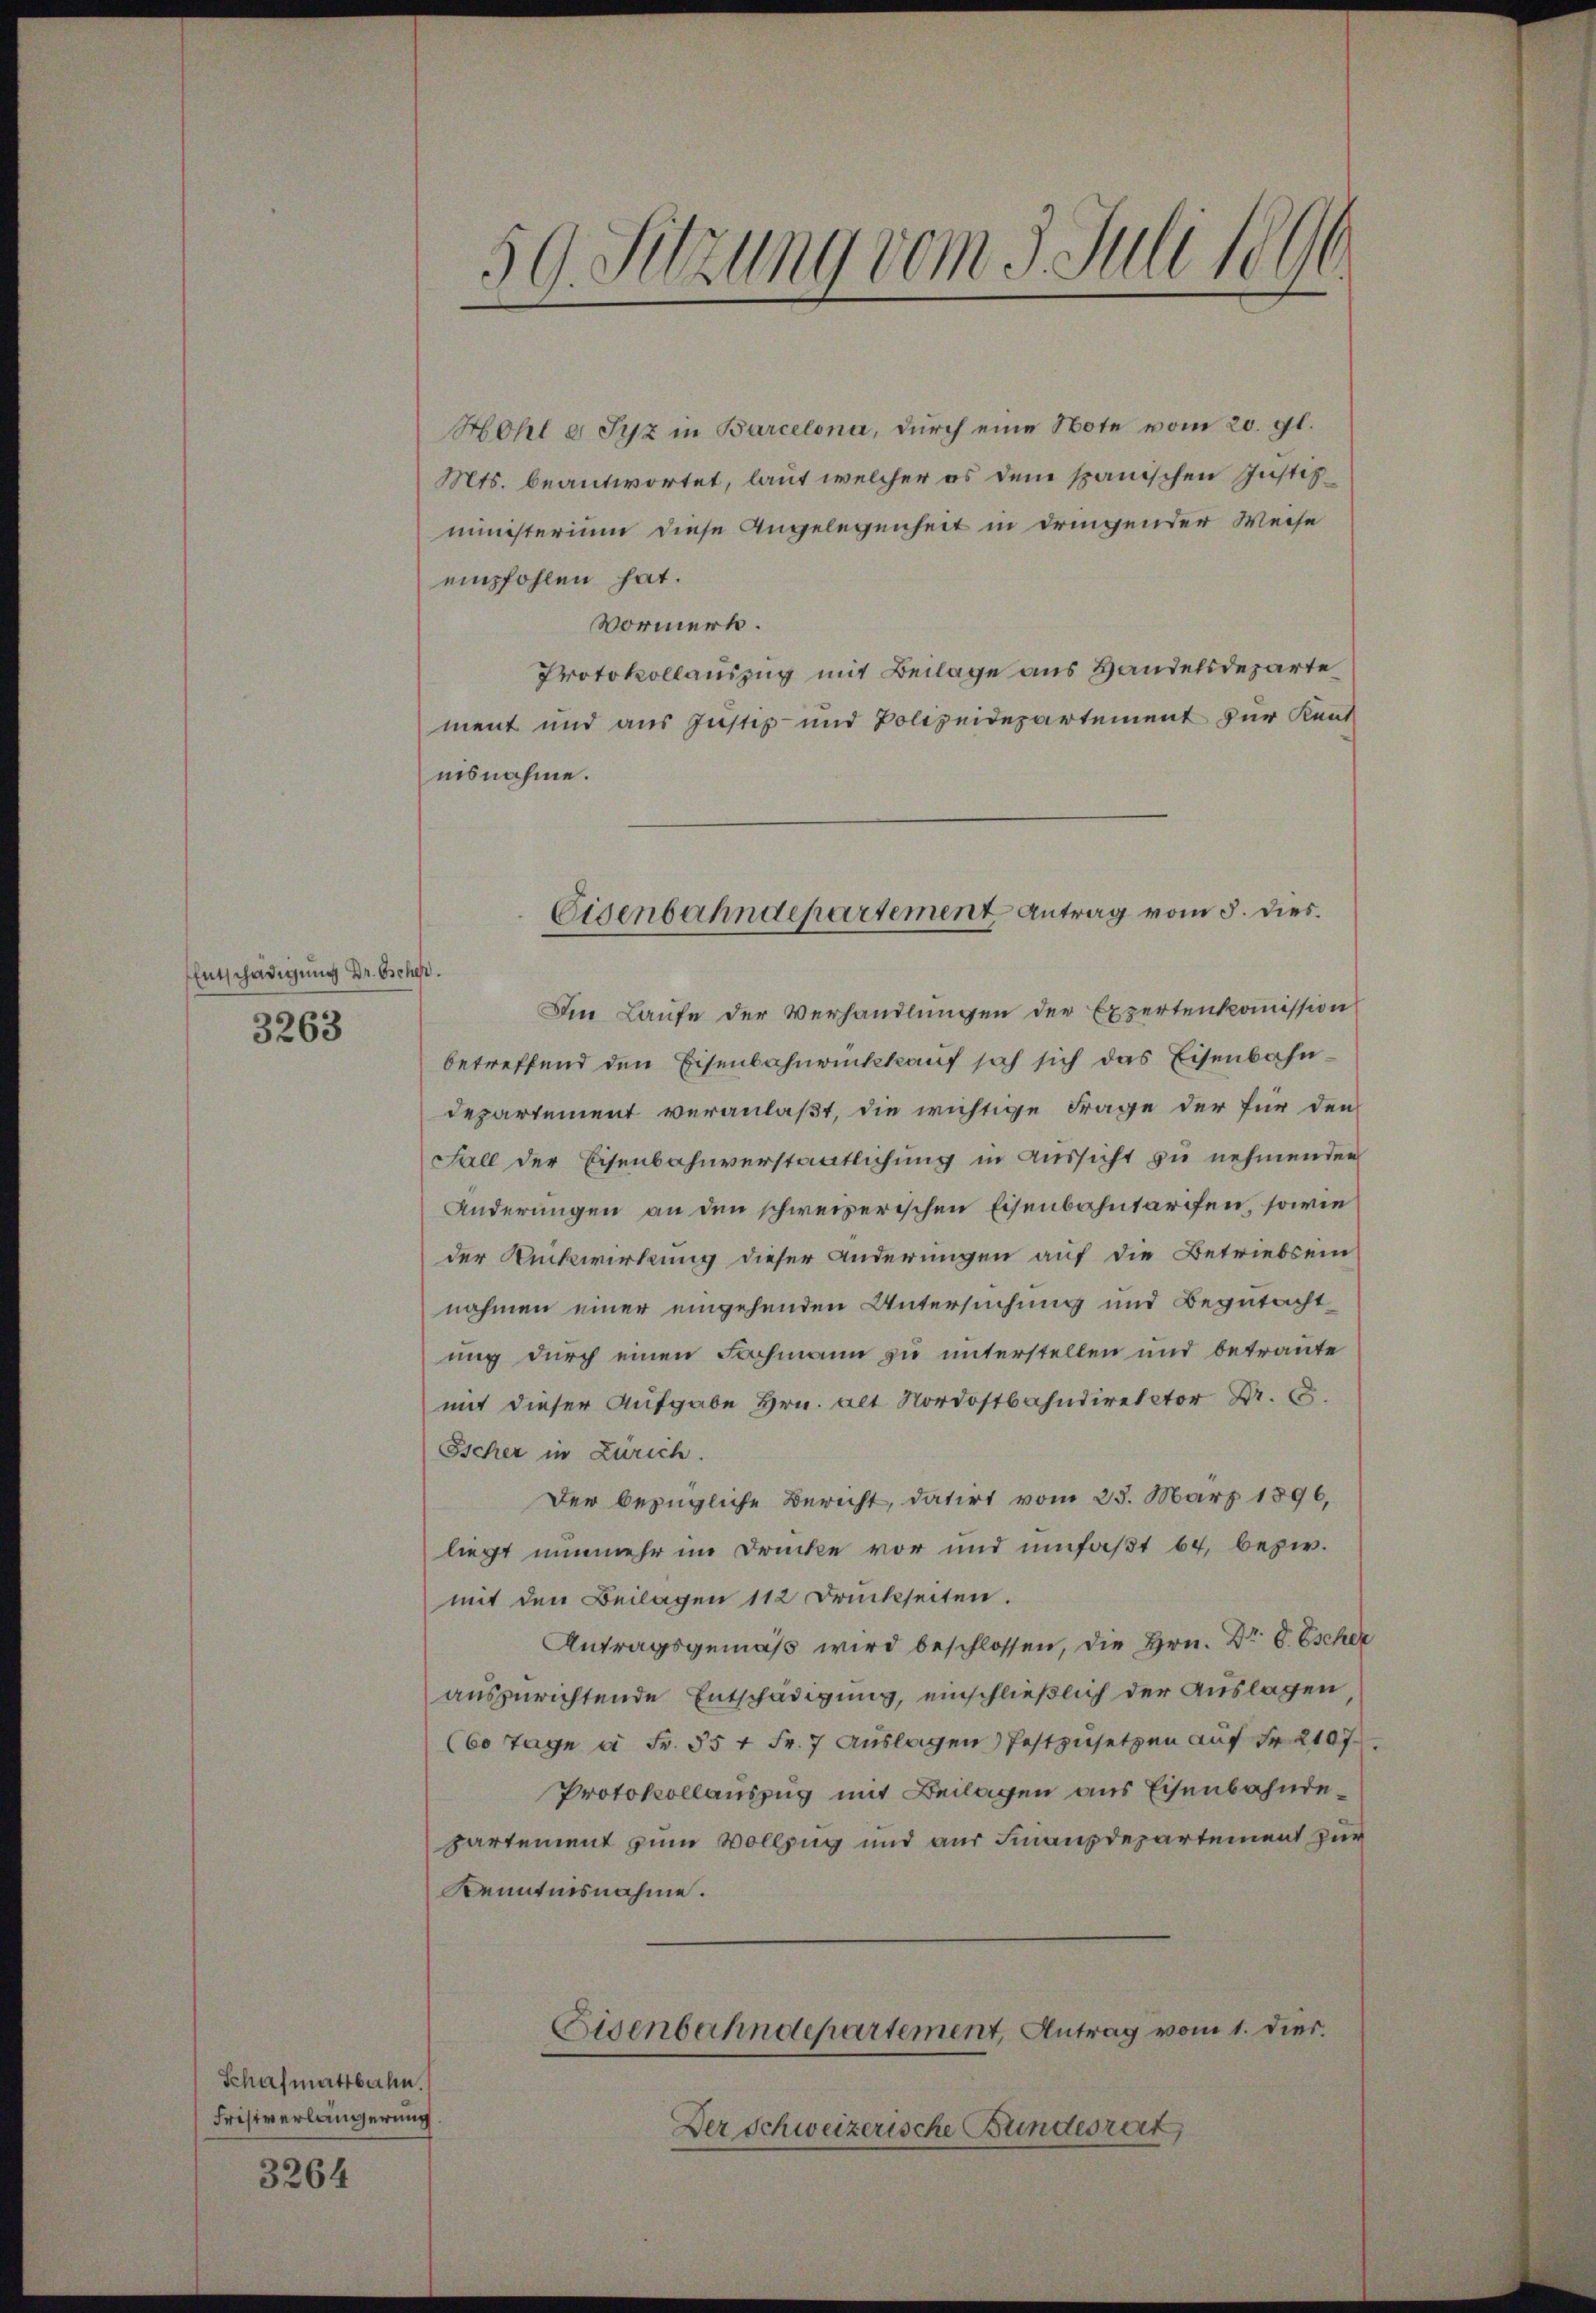
Entschädigung Dr. Escher.
3263

Schafmattbahn.
Fristverlängerung

3264

59. Sitzung vom 5. Juli 1890.

Hohl e. Syz in Barcelona, durch eine Note vom 20. gl.
Mts. beantwortet, laut welcher es dem spanischen Justizministerium diese Angelegenheit in dringender Weise
empfohlen hat.
Vormerk.
Protokollauszug mit Beilage aus Handelsdeparte
ment und aus Justiz- und Polizeidepartement zur Kent-
insnahme.
Ien Laufe der Verhandlungen der Expertenkommission
betreffend den Eisenbahnrückkauf sah sich das Eisenbahn¬
Departement veranlaßt, die wichtige Frage der für den
Fall der Eisenbahnverstaatlichung in Aussicht zu nehmenden
Änderungen an den schweizerischen Eisenbahntarifen, sowie
der Rückwirkung dieser Anderungen auf die Betriebsein
nahmen einer eingehenden Untersuchung und Begutacht
ung durch einen Fachmann zu unterstellen und betraute
mit dieser Aufgabe Hrn. alt Nordostbahndirector Dr.
Escher in Zürich.
Der bezügliche Bericht, datirt vom 25. März 1896,
liegt nunmehr im Drucke vor und umfaßt 64, bezw.
mit den Beilagen 112 Druckseiten.
Antragsgemäß wird beschlossen, die Hrn. Dr. d. Escher
auszurichtende Entschädigung, einschließlich der Auslagen
(60 Tage à Fr. 55 t Fr. 7 Auslagen) festzusetzen auf Fr. 2107
Protokollauszug mit Beilagen aus Eisenbahndepartement zum Vollzug und aus Finanzdepartement zur
Kenntnisnahme.
Eisenbahndepartement, Antrag vom 1. Dies.
Der Schweizerische Bundesrat

Eisenbahndepartement Antrag vom 5. dies.